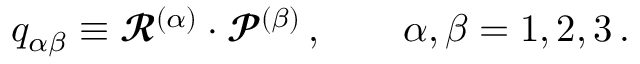
q _ { \alpha \beta } \equiv \mathbfcal { R } ^ { ( \alpha ) } \cdot \mathbfcal { P } ^ { ( \beta ) } \, , \qquad \alpha , \beta = 1 , 2 , 3 \, .